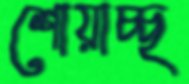
শোয়াচ্ছ